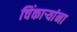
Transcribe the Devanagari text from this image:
चिंकाऱ्यांना